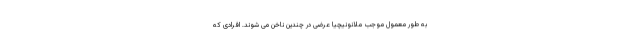
به طور معمول موجب ملانونیچیا عرضی در چندین ناخن می شوند. افرادی که